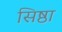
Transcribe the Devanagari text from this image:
सिष्ठा